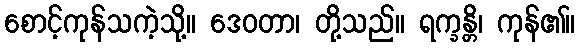
စောင့်ကုန်သကဲ့သို့။ ဒေဝတာ၊ တို့သည်။ ရက္ခန္တိ၊ ကုန်၏။